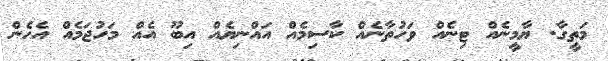
މަތީގާ. ޔާމީނެއް ޓިނެއް ވަހުތާނެއް ކާސިމެއް އައްނިޔެއް އިިބޫ އެއް މަހުޖަމެއް އެހެން